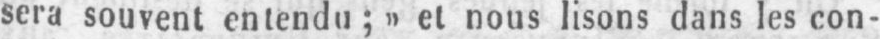
sera souvent entendu; »el nous lisons dans les con-